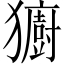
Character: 𪻋